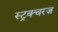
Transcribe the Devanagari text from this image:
स्ट्रक्चरज़